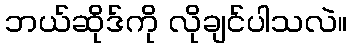
ဘယ်ဆိုဒ်ကို လိုချင်ပါသလဲ။